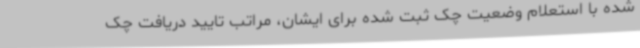
شده با استعلام وضعیت چک ثبت شده برای ایشان، مراتب تایید دریافت چک